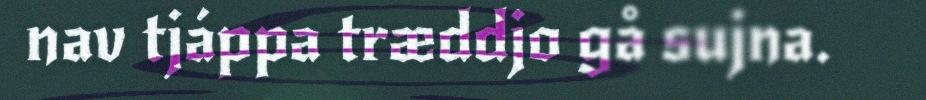
nav tjáppa træddjo gå sujna.